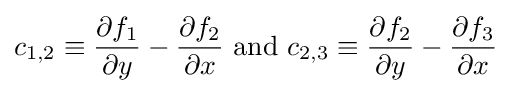
c_{1,2}\equiv {\frac {\partial f_{1}}{\partial y}}-{\frac {\partial f_{2}}{\partial x}}{\text{ and }}c_{2,3}\equiv {\frac {\partial f_{2}}{\partial y}}-{\frac {\partial f_{3}}{\partial x}}